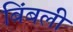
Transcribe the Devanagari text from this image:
बिंबली